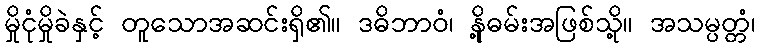
မှိုငုံမှိုခဲနှင့် တူသောအဆင်းရှိ၏။ ဒဓိဘာဝံ၊ နို့ဓမ်းအဖြစ်သို့။ အသမ္ပတ္တံ၊